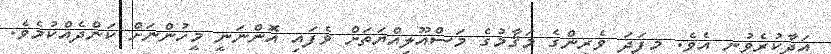
އަދާކުރެވުނީ އެވެ. މިފަދަ ވެރިންގެ މަޤާމުގެ މަސްއޫލިއްޔަތަށް ވެފައި އޮންނަނީ މީހުންނަށް ކަންދެއްކުމެވެ.